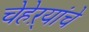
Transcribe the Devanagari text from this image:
चेहेऱ्यांचे